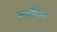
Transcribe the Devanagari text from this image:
कार्तिकला